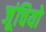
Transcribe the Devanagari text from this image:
जूंचियो